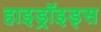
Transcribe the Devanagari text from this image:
हाइड्रॉइड्स